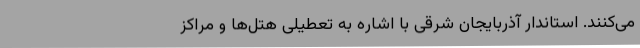
می‌کنند. استاندار آذربایجان شرقی با اشاره به تعطیلی هتل‌ها و مراکز